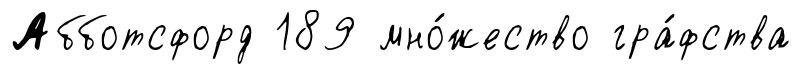
Абботсфорд 189 мно́жество гра́фства